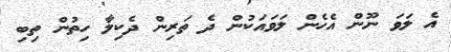
އެ ލަވަ ނޫން އެހެން ލަވައަކުން ދެ ތަރިން ދެކިލާ ހިތުން ތިބި